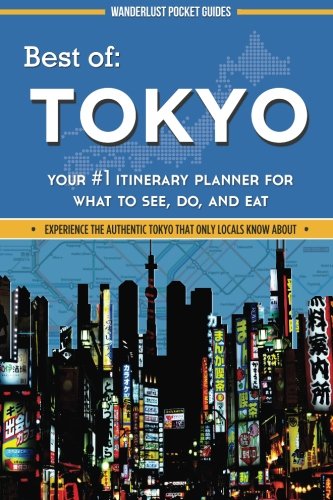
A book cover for Best of Tokyo: Your #1 Itinerary Planner for What to See, Do, and Eat (Wanderlust Pocket Guides - Japan) (Volume 2); Wanderlust Pocket Guides; Travel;